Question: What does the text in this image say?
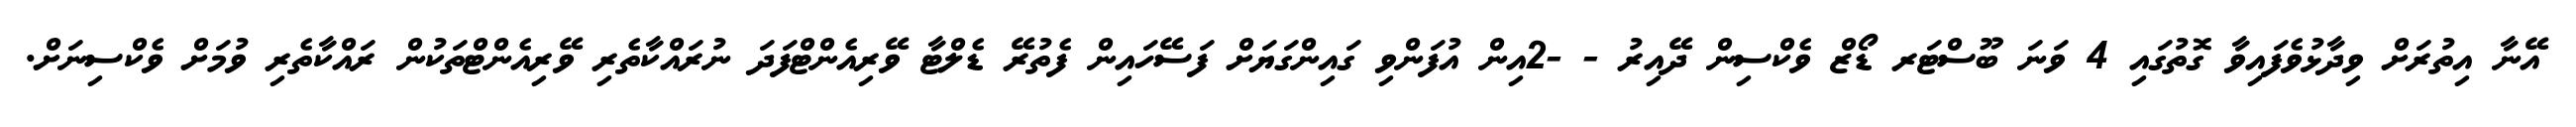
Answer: އޭނާ އިތުރަށް ވިދާޅުވެފައިވާ ގޮތުގައި 4 ވަނަ ބޫސްޓަރ ޑޯޒް ވެކްސިން ދޭއިރު - -2އިން އުފަންވި ގައިންގަޔަށް ފަސޭހައިން ފެތުރޭ ޑެލްޓާ ވޭރިއެންޓްފަދަ ނުރައްކާތެރި ވޭރިއެންޓްތަކުން ރައްކާތެރި ވުމަށް ވެކްސިނަށް.